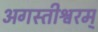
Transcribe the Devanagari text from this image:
अगस्तीश्वरम्